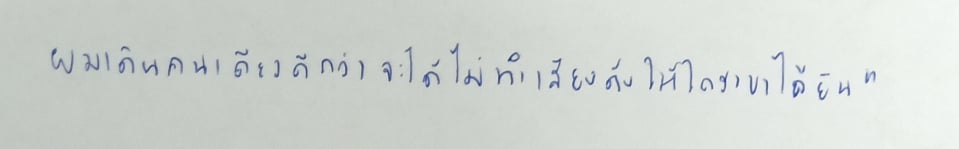
ผมเดินคนเดียวดีกว่าจะได้ไม่ทำเสียงดังให้ใครเขาได้ยิน"